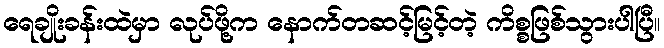
ရေချိုးခန်းထဲမှာ လုပ်ဖို့က နောက်တဆင့်မြင့်တဲ့ ကိစ္စဖြစ်သွားပါပြီ။